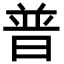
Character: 普